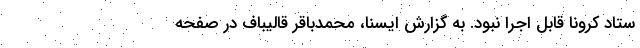
ستاد کرونا قابل اجرا نبود. به گزارش ایسنا، محمدباقر قالیباف در صفحه